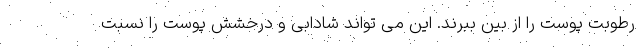
رطوبت پوست را از بین ببرند. این می تواند شادابی و درخشش پوست را نسبت